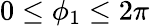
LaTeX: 0\leq\phi_{1}\leq 2\pi